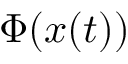
\Phi ( { \boldsymbol x } ( t ) )